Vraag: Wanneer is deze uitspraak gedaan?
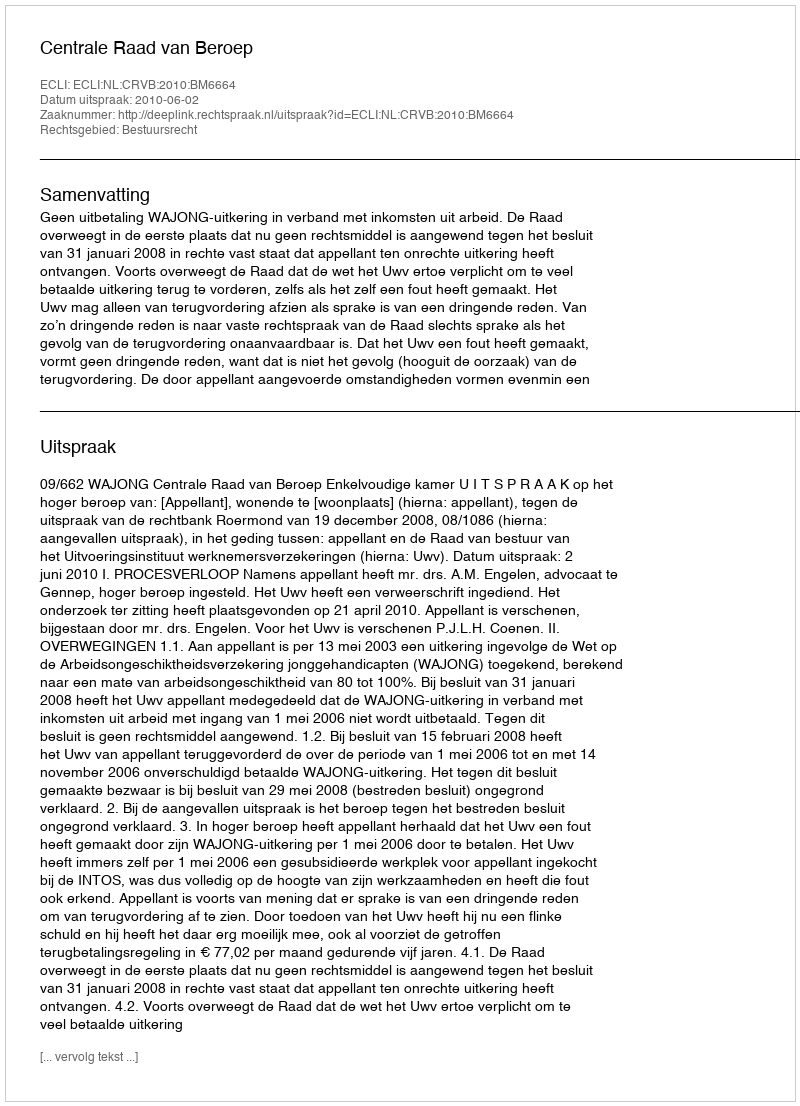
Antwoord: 2010-06-02